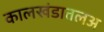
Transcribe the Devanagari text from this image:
कालखंडातलअ